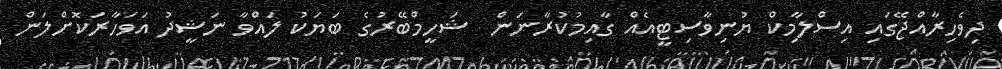
ދިވެހިރާއްޖޭގައި އިސްލާމިކް ޔުނިވާސިޓީއެއް ގާއިމުކުރާނަން  ޝަހީމްބޭރުގެ ބަޔަކު ލައްވާ ނަޝީދު އަވަހާރަކޮށްލަން